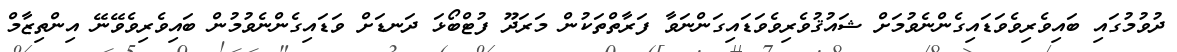
ދުވުމުގައި ބައިވެރިވެވަޑައިގެންނެވުމަށް ޝައުޤުވެރިވެވަޑައިގަންނަވާ ފަރާތްތަކުން މަރަދޫ ފުޓްބޯޅަ ދަނޑަށް ވަޑައިގެންނެވުމުން ބައިވެރިވެވޭނޭ އިންތިޒާމް